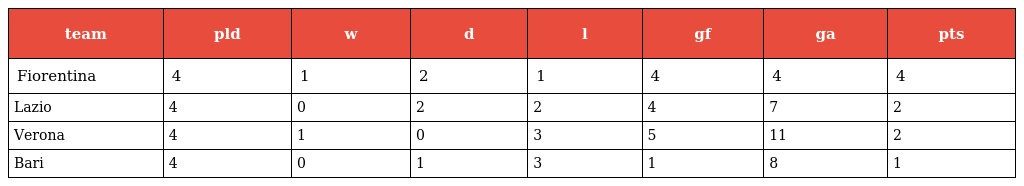
| team | pld | w | d | l | gf | ga | pts |
 | --- | --- | --- | --- | --- | --- | --- | --- |
 | Fiorentina | 4 | 1 | 2 | 1 | 4 | 4 | 4 |
 | Lazio | 4 | 0 | 2 | 2 | 4 | 7 | 2 |
 | Verona | 4 | 1 | 0 | 3 | 5 | 11 | 2 |
 | Bari | 4 | 0 | 1 | 3 | 1 | 8 | 1 |